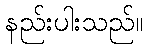
နည်းပါးသည်။